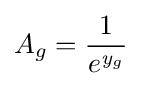
A_{g}={\frac {1}{e^{{\mathit {y}}_{g}}}}